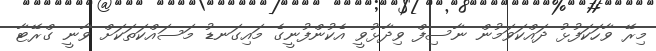
މިރޭ ވާހަކަފުޅު ދައްކަވަމުން ނާސިފް ވިދާޅުވީ އެކުންފުނީގެ މައިގަނޑު މަސައްކަތަކަށް ވާނީ ގްރޭޓާ